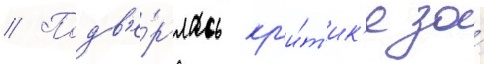
// Подв'е́рглась кр'и́т'ик'е за́